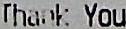
THANK YOU